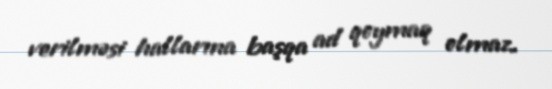
verilməsi hallarına başqa ad qoymaq olmaz.